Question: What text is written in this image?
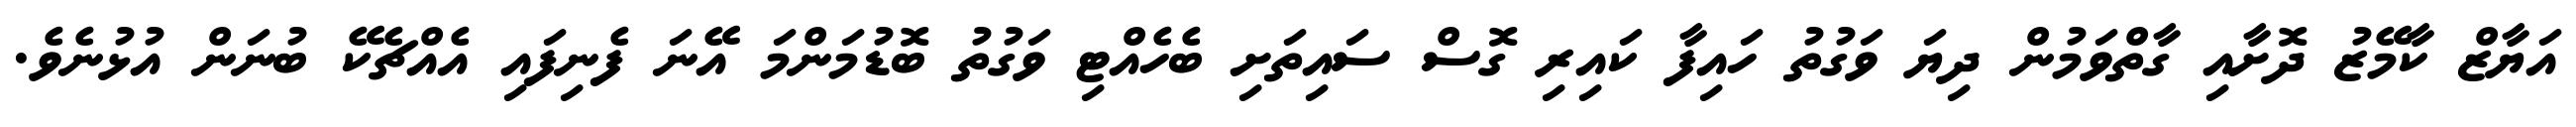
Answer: އަޔާޒް ކާމޭޒު ދޮށާއި ގާތްވަމުން ދިޔަ ވަގުތު ހައިފާ ކައިރި ގޮސް ސައިތަށި ބެހެއްޓި ވަގުތު ބޮޑުމަންމަ އޭނަ ފެނިފައި އެއްޗެކޭ ބުނަން އުޅުނެވެ.